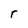
Character: r